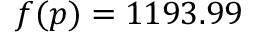
f ( p ) = 1 1 9 3 . 9 9